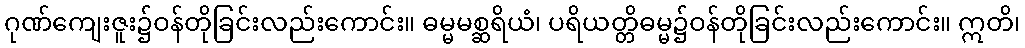
ဂုဏ်ကျေးဇူး၌ဝန်တိုခြင်းလည်းကောင်း။ ဓမ္မမစ္ဆရိယံ၊ ပရိယတ္တိဓမ္မ၌ဝန်တိုခြင်းလည်းကောင်း။ ဣတိ၊